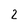
Character: 2